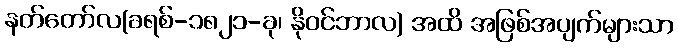
နတ်တော်လ(ခရစ်-၁၈၂၁-ခု၊ နိုဝင်ဘာလ) အထိ အဖြစ်အပျက်များသာ